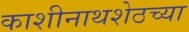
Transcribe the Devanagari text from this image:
काशीनाथशेठच्या